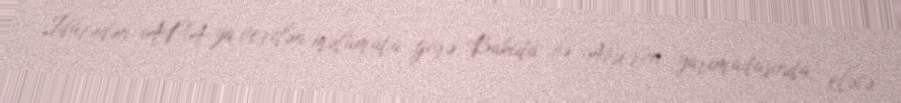
İdarədən APA-ya verilən məlumata görə, Bakıda və Abşeron yarımadasında, eləcə